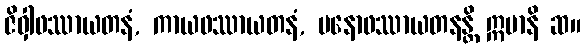
ဇိဝှါဖဿာယတနံ, ကာယဖဿာယတနံ, မနောဖဿာယတနန္တိ ဣမာနိ ဆ။